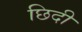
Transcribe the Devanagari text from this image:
छिदी